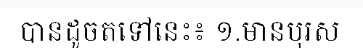
បានដូចតទៅនេះ៖ ១.មានបុរស